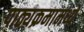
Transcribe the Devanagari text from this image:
पाठ्यक्रमामध्ये